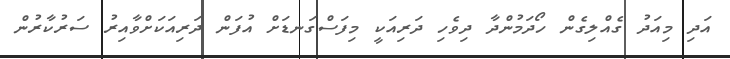
އަދި މިއަދު ގެއްލިގެން ހޯދަމުންދާ ދިވެހި ދަރިއަކީ މިފަސްގަނޑަށް އުފަން ދަރިއަކަށްވާއިރު ސަރުކާރުން